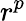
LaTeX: r^{p}